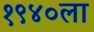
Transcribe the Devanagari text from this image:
१९४०ला